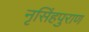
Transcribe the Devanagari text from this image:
नृसिंहपुराण